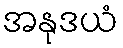
အနုဒယံ